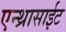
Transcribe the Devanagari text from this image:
एन्थ्रासाईट